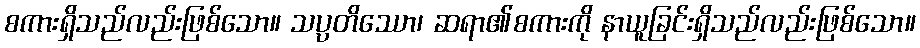
စကားရှိသည်လည်းဖြစ်သော။ သပ္ပတိဿော၊ ဆရာ၏စကားကို နာယူခြင်းရှိသည်လည်းဖြစ်သော။